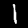
Digit: 1